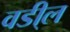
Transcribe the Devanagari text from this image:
वडी्ल